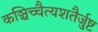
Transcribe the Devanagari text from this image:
कञ्चिच्चैत्यशतैर्जुष्ट